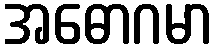
အဓောဂမာ